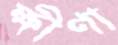
ক্ষীণা